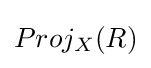
Proj_{X}(R)